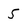
Character: 5